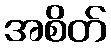
အစိတ်